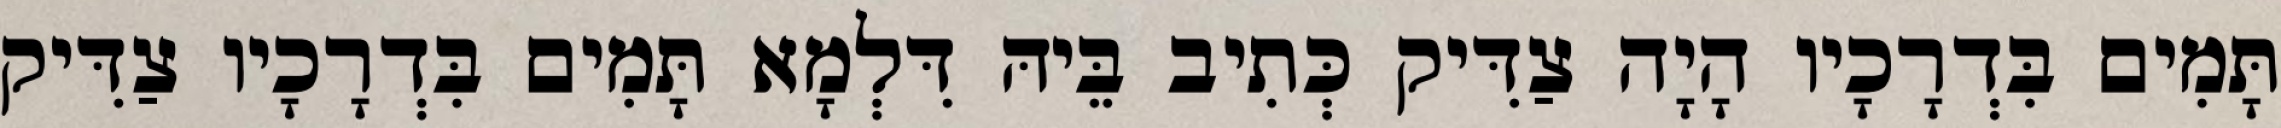
תָּמִים בִּדְרָכָיו הָיָה צַדִּיק כְּתִיב בֵּיהּ דִּלְמָא תָּמִים בִּדְרָכָיו צַדִּיק